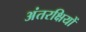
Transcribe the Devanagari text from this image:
अंतरक्षियों